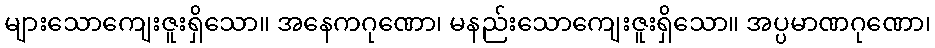
များသောကျေးဇူးရှိသော။ အနေကဂုဏော၊ မနည်းသောကျေးဇူးရှိသော။ အပ္ပမာဏဂုဏော၊